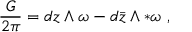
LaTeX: { \frac { G } { 2 \pi } } = d z \wedge \omega - d { \bar { z } } \wedge * \omega \ ,